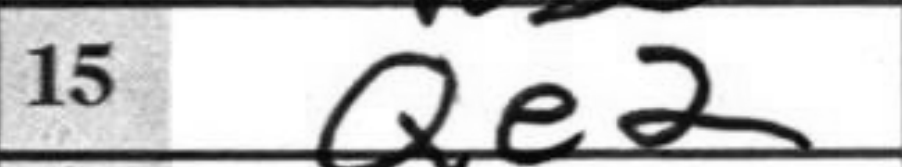
Transcription: Qe2